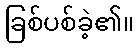
ခြစ်ပစ်ခဲ့၏။